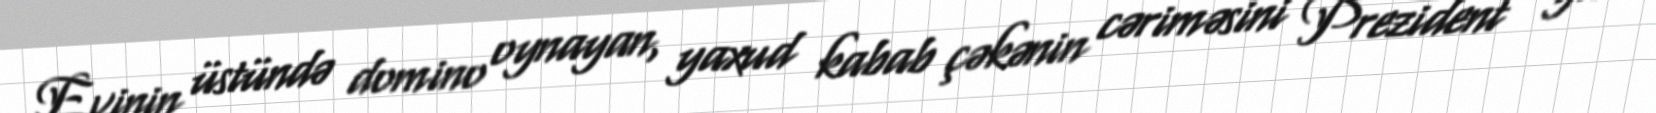
Evinin üstündə domino oynayan, yaxud kabab çəkənin cəriməsini Prezident , ya